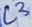
Text: L3